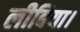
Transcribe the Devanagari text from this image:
लीबिया।